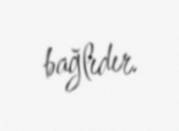
bağlıdır.